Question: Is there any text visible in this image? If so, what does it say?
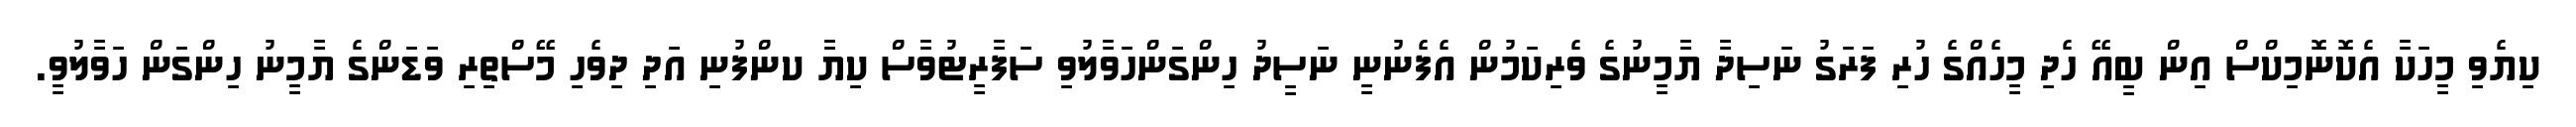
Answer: ކިޔެވި މީހަކާ އެކޮނޮމިކްސް އިން ބީއޭ ހެދި މީހެއްގެ ހުރި ފަރަގު ނަސިދާ ޔާމީނުގެ ވެރިކަމުން އެފެނުނީ ނަސީދު ހިންގަންހަވާލުވި ސަފާރީޓުވާސް ކިޔާ ކންފުނި އަދި ދިވެހި މޭސްތިރި ވަޑަންގެ ޔާމީނު ހިންގަން ހަވާލުވީ.